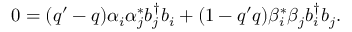
0 = ( q ^ { \prime } - q ) \alpha _ { i } \alpha _ { j } ^ { * } b _ { j } ^ { \dagger } b _ { i } + ( 1 - q ^ { \prime } q ) \beta _ { i } ^ { * } \beta _ { j } b _ { i } ^ { \dagger } b _ { j } .